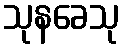
သုနခေသု